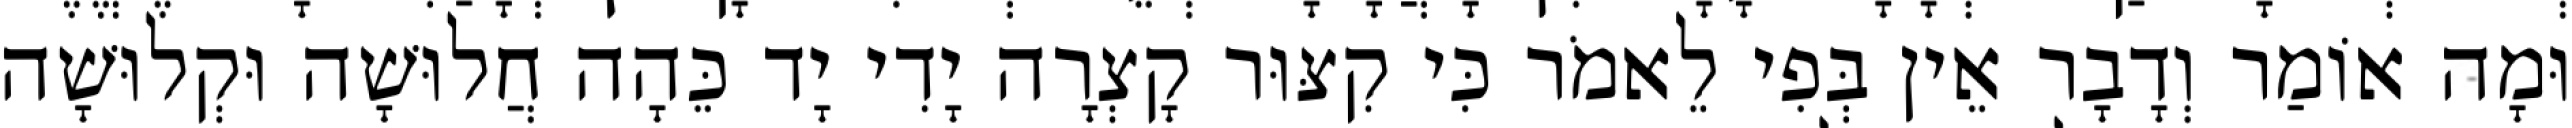
וּמָה אוֹמַר וְדָבָר אֵין בְּפִי לֵאמֹר כִּי קִצּוּר קָצְרָה יָדִי יָד כֵּהָה חֲלוּשָׁה וּקְלוּשָׁה